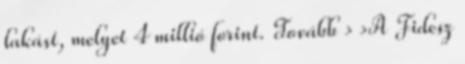
lakást, melyet 4 millió forint. Tovább › ›A Fidesz